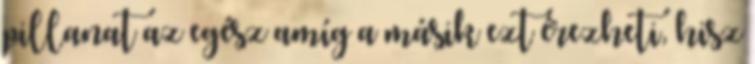
pillanat az egész amíg a másik ezt érezheti, hisz